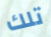
تلك